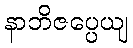
နာဘိဇပ္ပေယျ